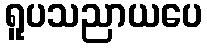
ရူပသညာယပေ